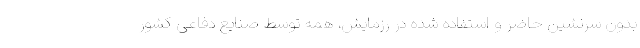
بدون سرنشین حاضر و استفاده شده در رزمایش، همه توسط صنایع دفاعی کشور